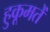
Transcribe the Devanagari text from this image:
हुकूमतें